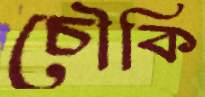
চৌকি